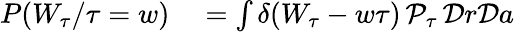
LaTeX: \begin{array}{rl}{P(W_{\tau}/\tau=w)}&{{}=\int\delta(W_{\tau}-w\tau)\, \mathcal{P}_{\tau}\, \mathcal{D}r\mathcal{D}a}\end{array}